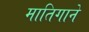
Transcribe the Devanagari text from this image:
मातिगाने